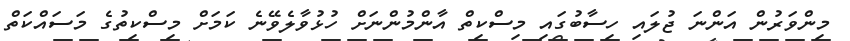
މިންވަރުން އަންނަ ޖުލައި ހިސާބުގައި މިސްކިތް އާންމުންނަށް ހުޅުވާލެވޭނެ ކަމަށް މިސްކިތުގެ މަސައްކަތް